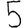
Digit: 5